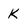
Character: k